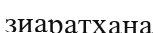
зиаратхана